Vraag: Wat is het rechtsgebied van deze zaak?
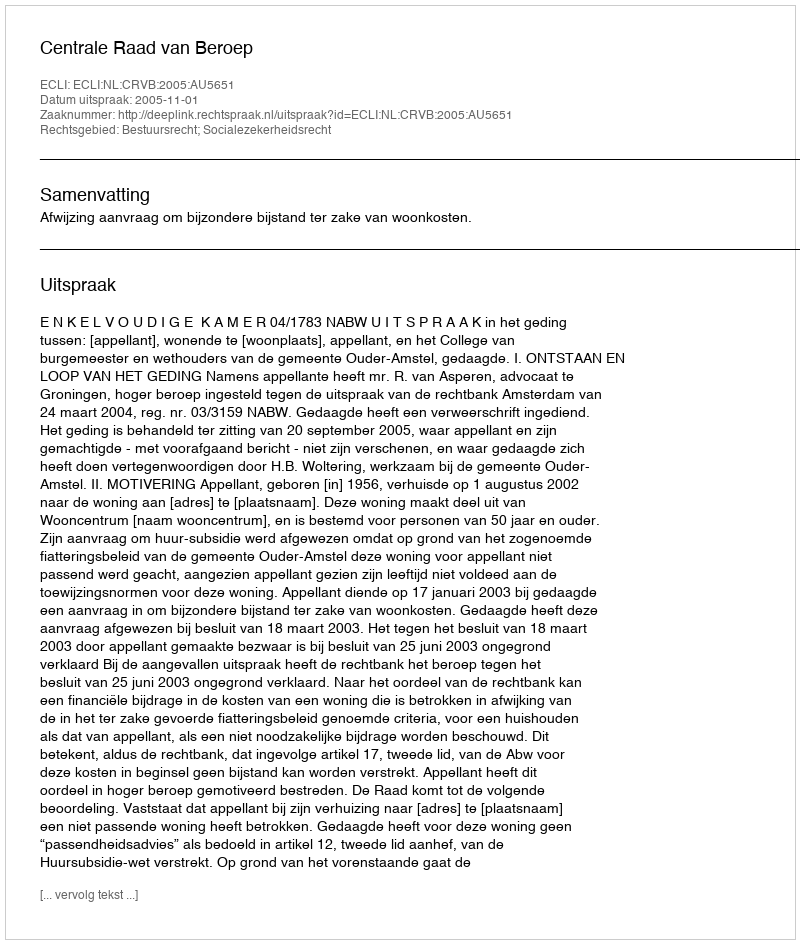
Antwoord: Bestuursrecht; Socialezekerheidsrecht